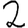
Digit: 2